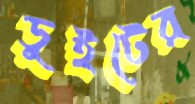
ডুইটের